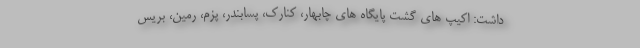
داشت: اکیپ های گشت پایگاه های چابهار، کنارک، پسابندر، پزم، رمین، بریس